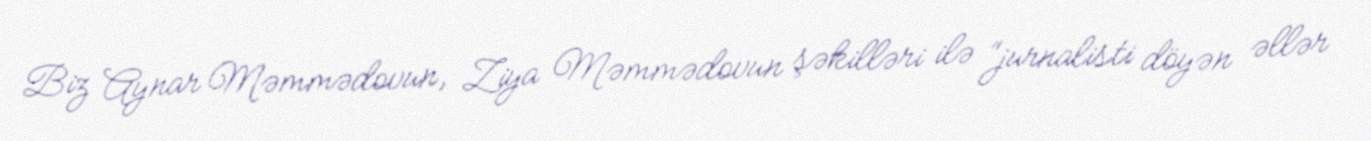
Biz Aynar Məmmədovun, Ziya Məmmədovun şəkilləri ilə “jurnalisti döyən əllər